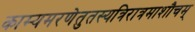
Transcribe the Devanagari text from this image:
काम्यमरणेतुतस्यत्रिरात्रमाशौचम्